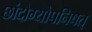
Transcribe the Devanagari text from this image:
छांदोग्योपनिषत्